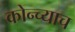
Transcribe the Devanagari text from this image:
कोन्च्याच